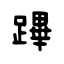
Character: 蹕